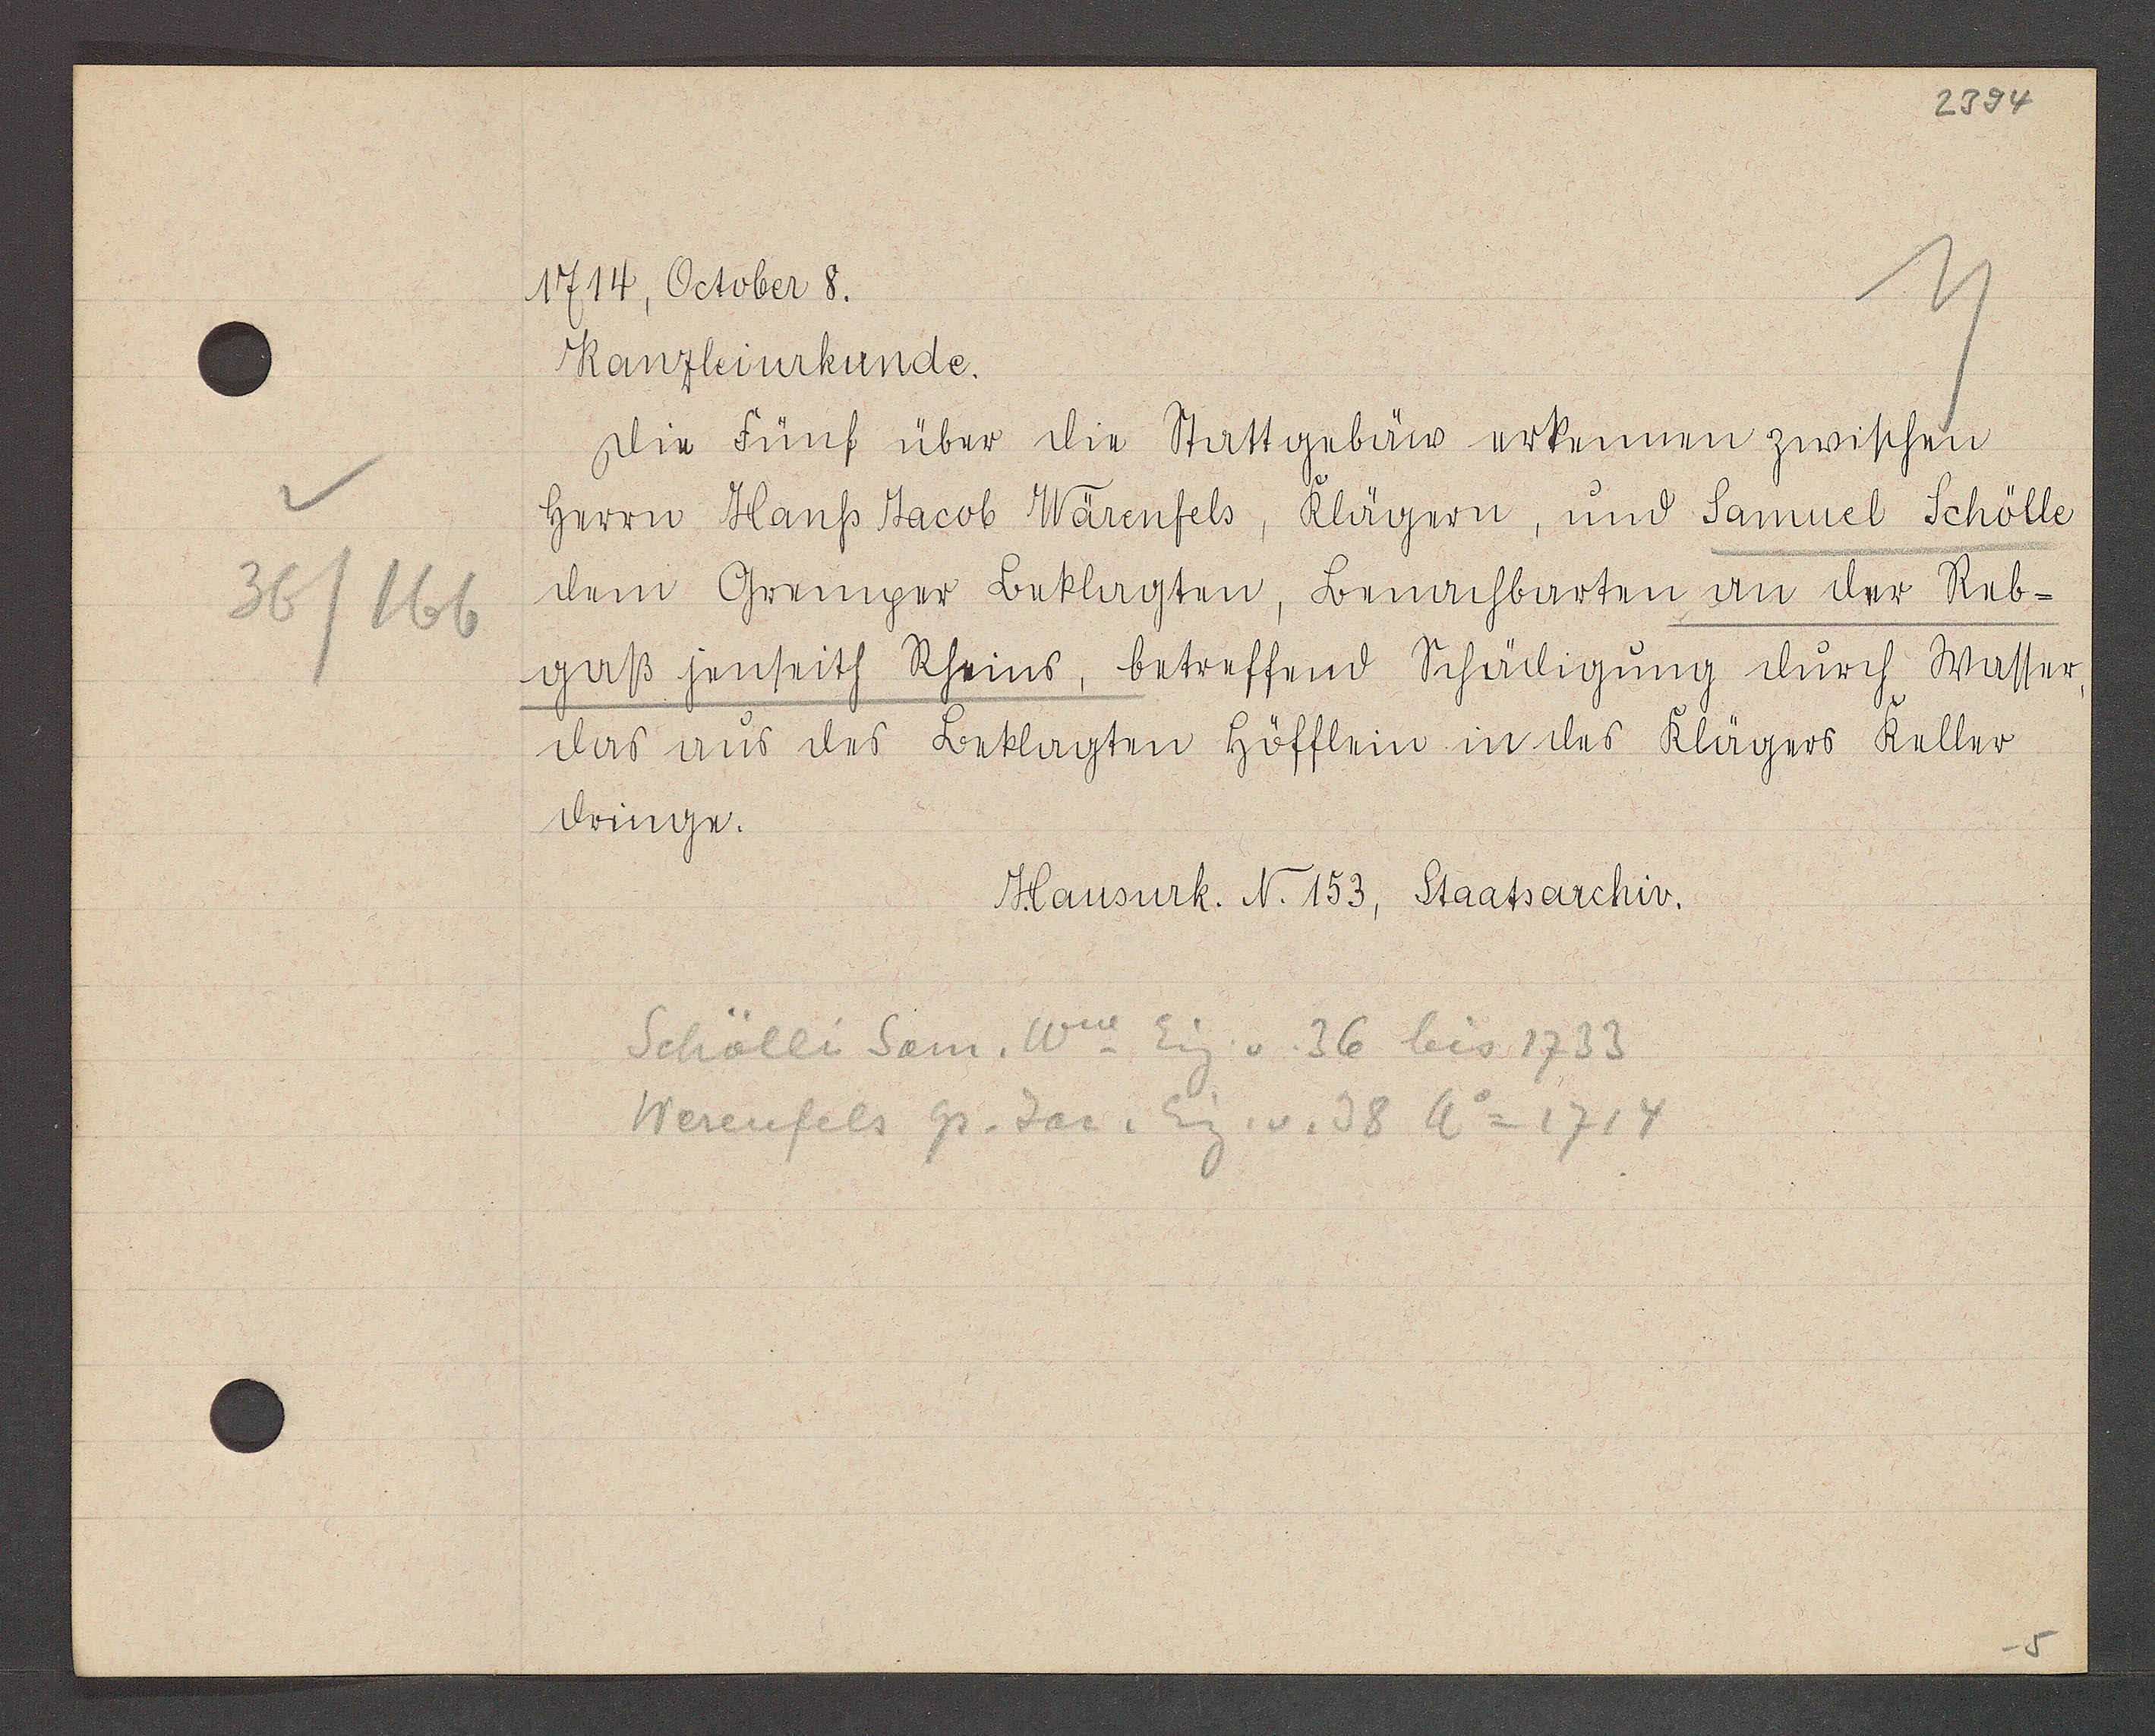
Transcript:
36/166

1714, October 8.

Kanzleiurkunde.
die Fünf über die Stattgebäw erkennen zwischen
herrn Hanss Jacob Wärenfels, Klägern, und Samuel Schölle
dem Gremper Beklagten, Benachbarten an der Reb-
gaß jenseits Rheins, betreffend Schädigung durch Wasser,
das aus des Beklagten höfflein in des Klägers Keller
dringe.

Hausurk. N. 153, Staatsarchiv.

Schölli Sam. Ww Eig. v. 36 bis 1733
Werenfels hs. Jac. Eig. v. 38 Ao 1714